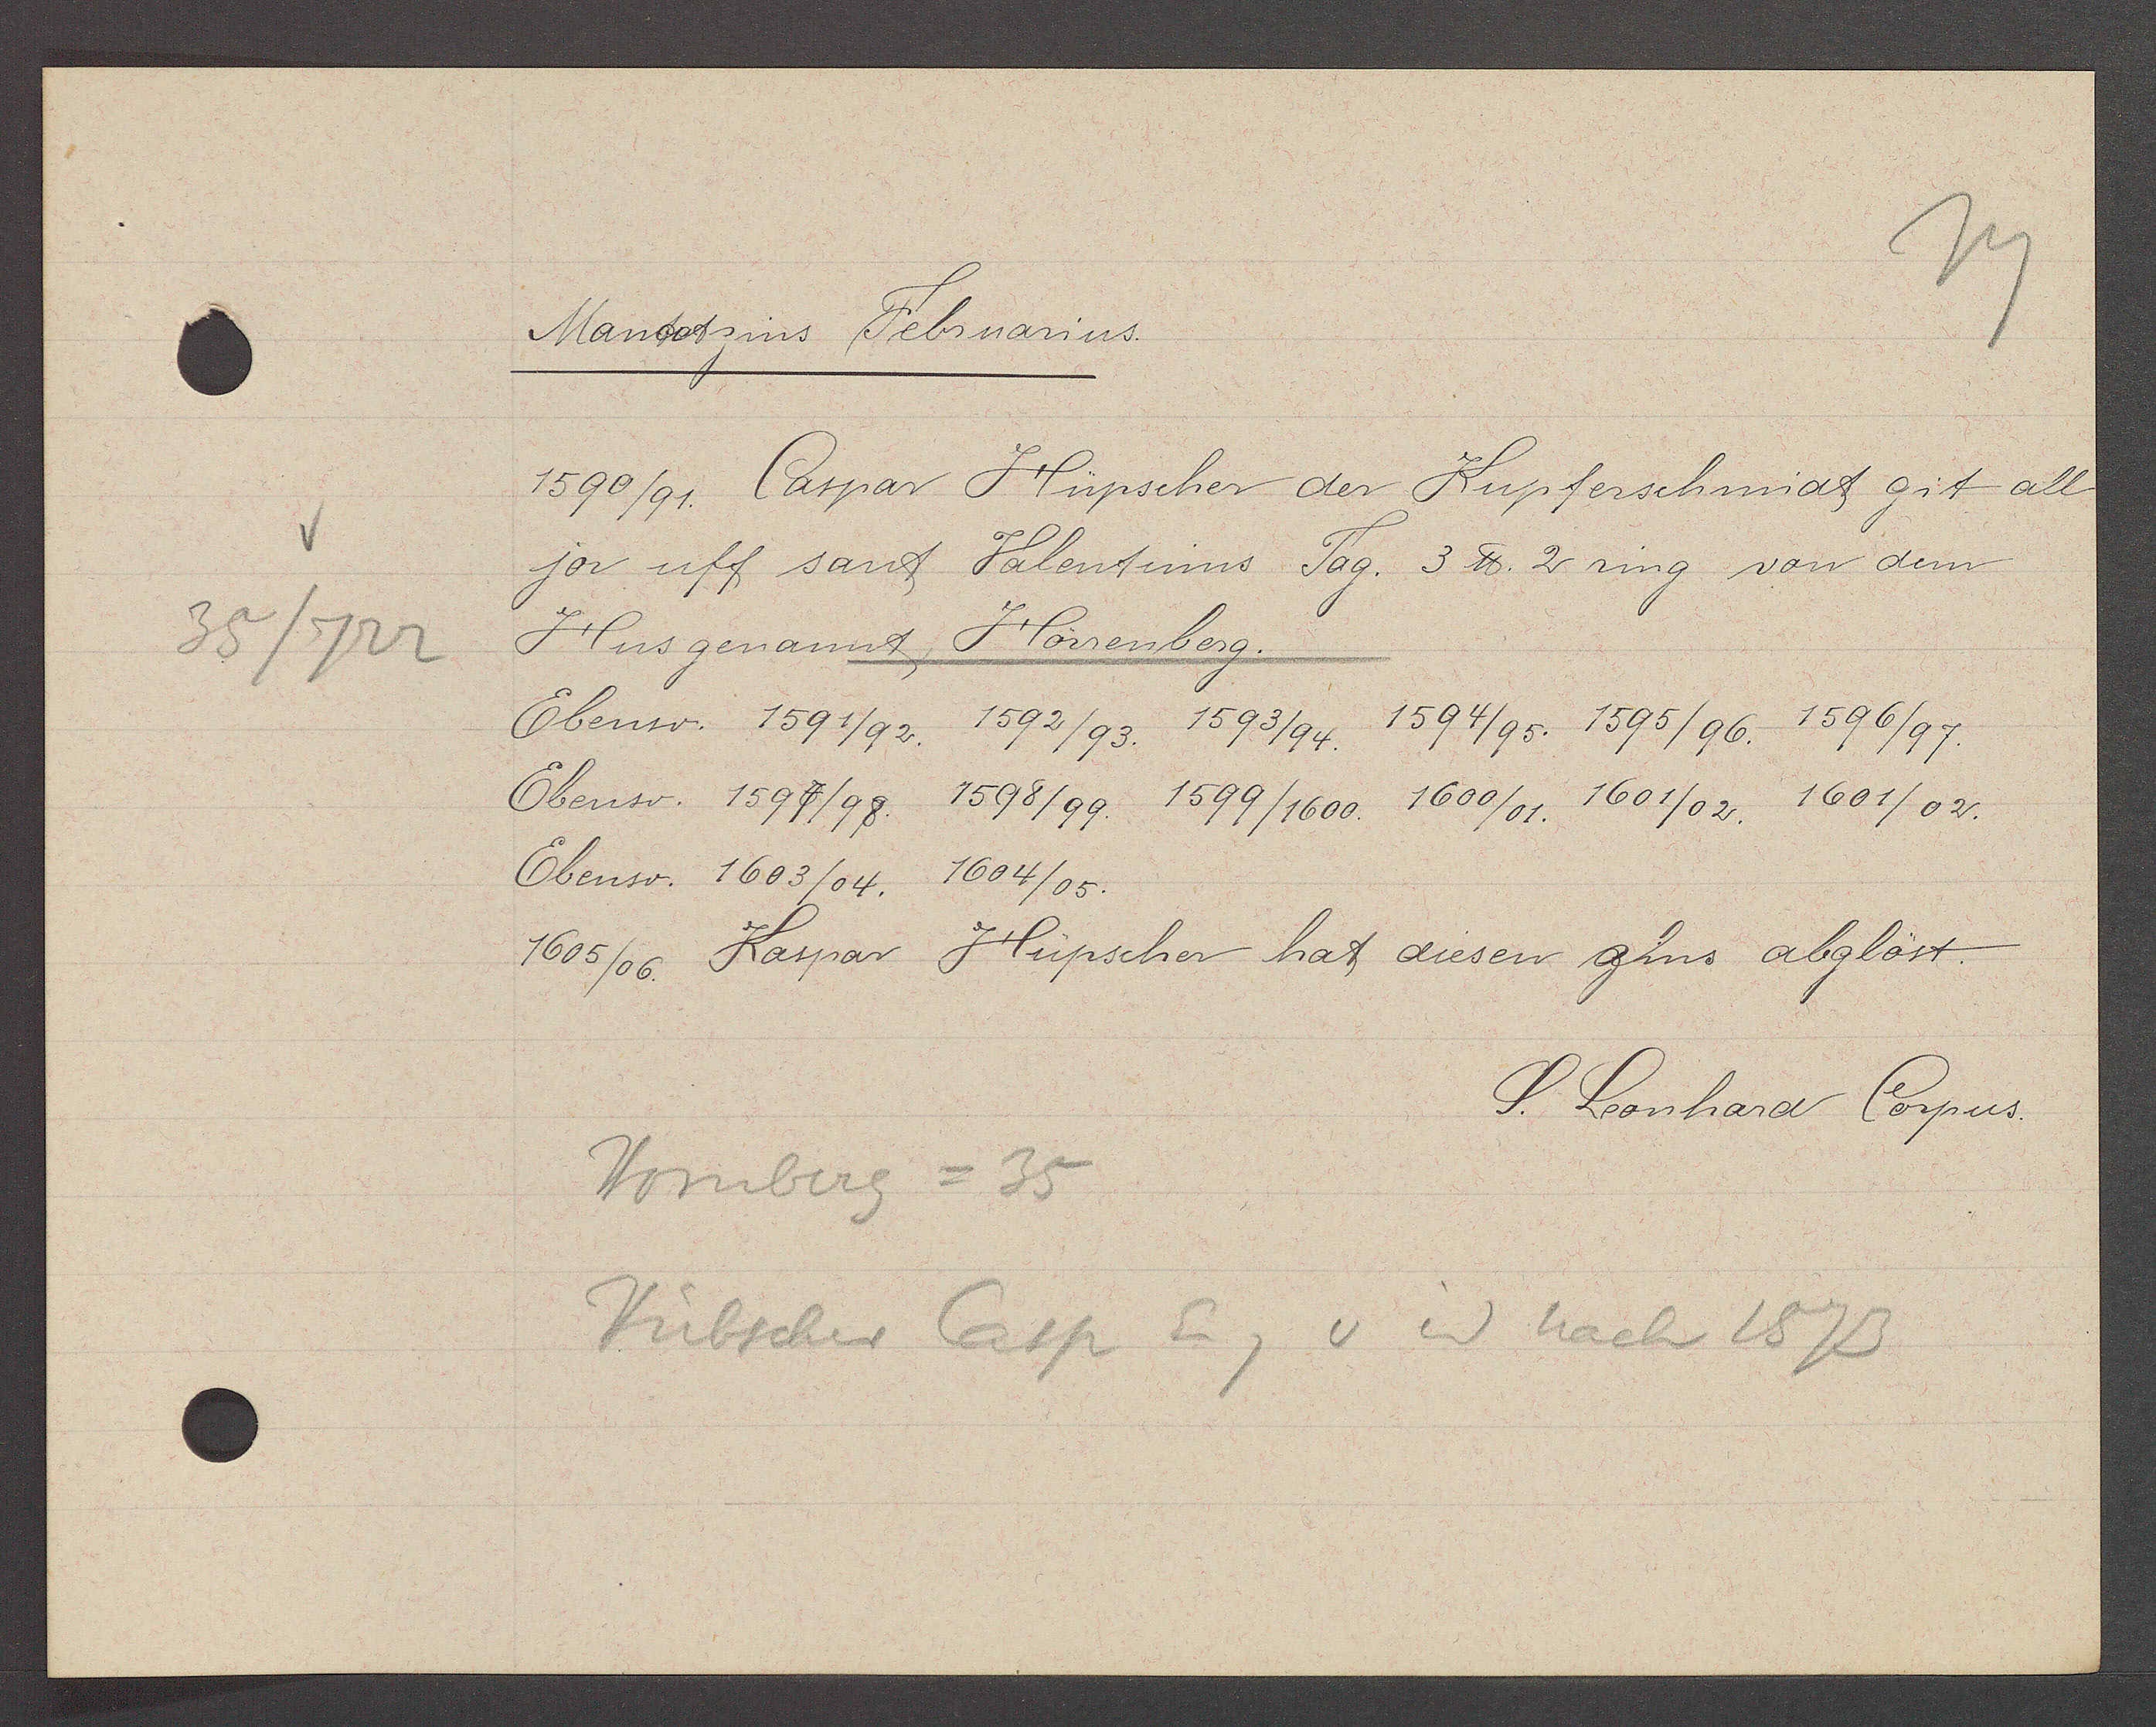
Transcript:
35/722

Mandat zins Februarius.

1590/91. Caspar
Hüpscher der Kupferschmidt git all
jor uff sant
Valentinns Tag. 3 ℔ 2 ring von dem
Hus genannt
Hörrenberg.
Ebenso. 1591/92.
1592/93. 1593/94. 1594/95. 1595/96. 1596/97.
Ebenso. 1597/98.
1598/99. 1599/1600. 1600/01. 1601/02. 1601/02.
Ebenso. 1603/04.
1604/05.
1605/06. Kaspar
Hüpscher hat diesen zins abglöst.

S. Leonhard Corpus.

Hornberg = 35
Hübscher Casp Eig v id nach 1573